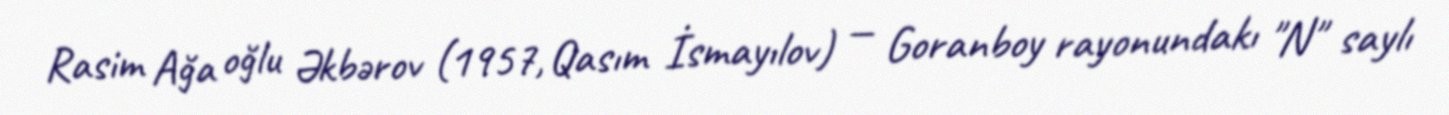
Rasim Ağa oğlu Əkbərov (1957, Qasım İsmayılov) — Goranboy rayonundakı "N" saylı